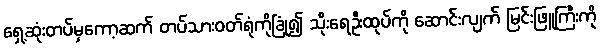
ရှေ့ဆုံးတပ်မှကော့ဆက် တပ်သားဝတ်ရုံကိုခြုံ၍ သိုးရေဦးထုပ်ကို ဆောင်းလျက် မြင်းဖြူကြီးကို